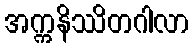
အက္ကနိဿိတဂါလာ